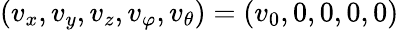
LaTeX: (v_{x},v_{y},v_{z},v_{\varphi},v_{\theta})=(v_{0},0,0,0,0)